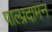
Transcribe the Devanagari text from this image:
पाल्प्रदामन